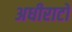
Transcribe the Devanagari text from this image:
अधीराटों